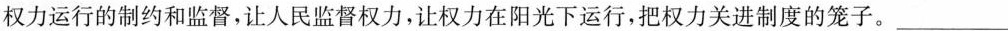
权力运行的制约和监督，让人民监督权力，让权力在阳光下运行，把权力关进制度的笼子。___